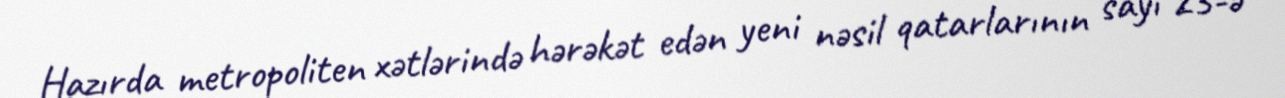
Hazırda metropoliten xətlərində hərəkət edən yeni nəsil qatarlarının sayı 23-ə